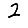
Digit: 2